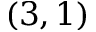
( 3 , 1 )